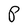
Character: P